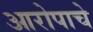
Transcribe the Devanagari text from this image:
आरोपाचे